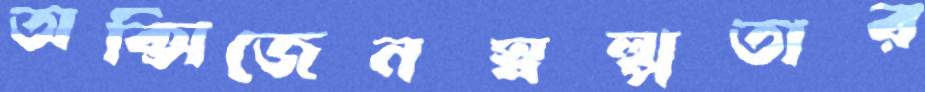
অক্সিজেনস্বল্পতার